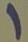
1